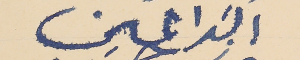
الداعين